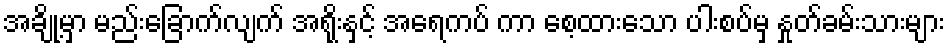
အချို့မှာ မည်းခြောက်လျက် အရိုးနှင့် အရေကပ် ကာ စေ့ထားသော ပါးစပ်မှ နှုတ်ခမ်းသားများ